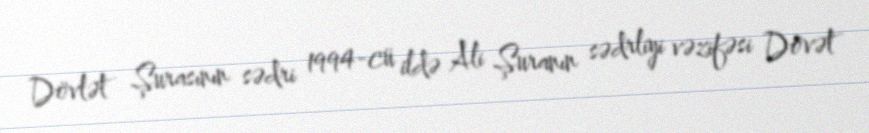
Dövlət Şurasının sədri 1994-cü ildə Ali Şuranın sədrliyi vəzifəsi Dövət